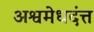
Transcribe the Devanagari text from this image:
अश्वमेधदंत्त